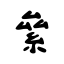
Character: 絫